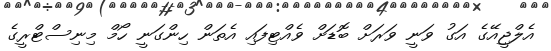
އެލްޖީއޭގެ އަގު ވަނީ ވަރަށް ބޮޑަށް ވެއްޓިފައި އެތަން ހިންގަނީ ހޯމް މިނިސްޓްރީގެ